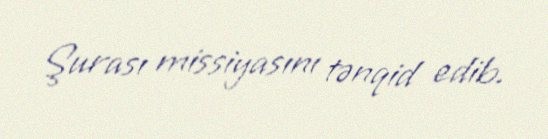
Şurası missiyasını tənqid edib.